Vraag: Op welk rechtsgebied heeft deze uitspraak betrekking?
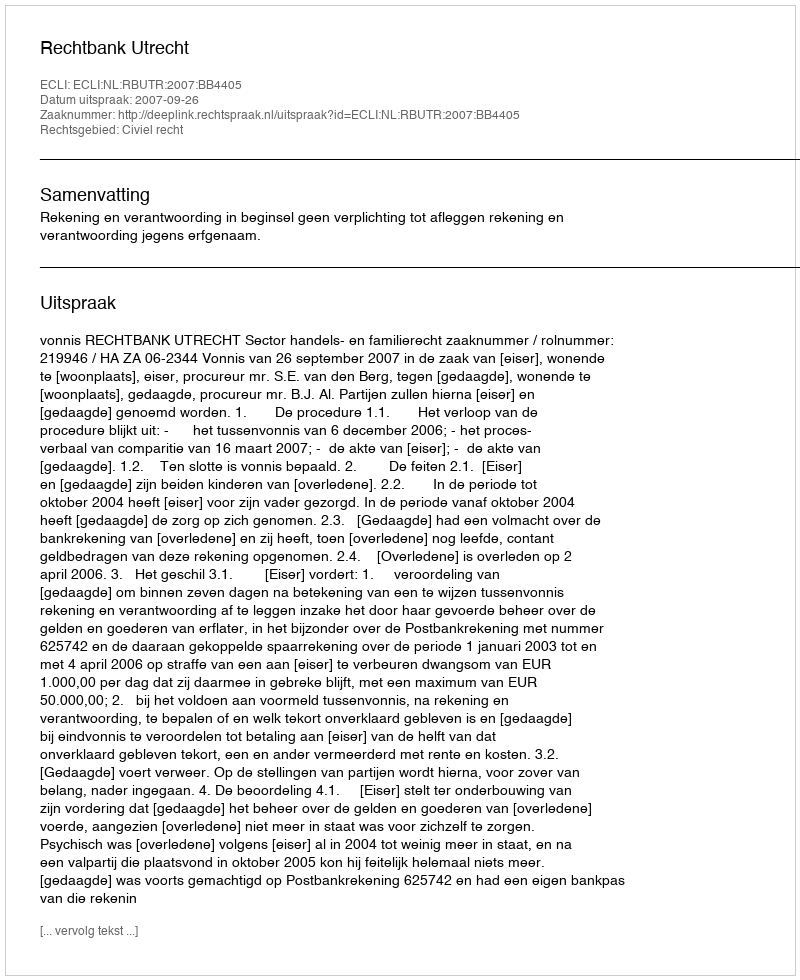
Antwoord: Civiel recht